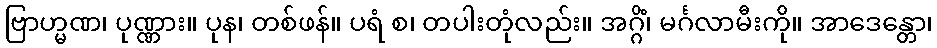
ဗြာဟ္မဏ၊ ပုဏ္ဏား။ ပုန၊ တစ်ဖန်။ ပရံ စ၊ တပါးတုံလည်း။ အဂ္ဂိံ၊ မင်္ဂလာမီးကို။ အာဒေန္တော၊